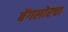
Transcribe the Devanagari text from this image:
बेंगलोरचा